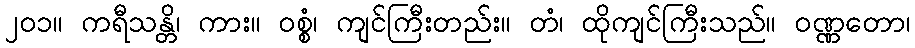
၂၀၁။ ကရီသန္တိ၊ ကား။ ဝစ္စံ၊ ကျင်ကြီးတည်း။ တံ၊ ထိုကျင်ကြီးသည်။ ဝဏ္ဏတော၊